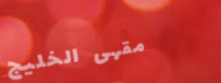
مقهى الخليج